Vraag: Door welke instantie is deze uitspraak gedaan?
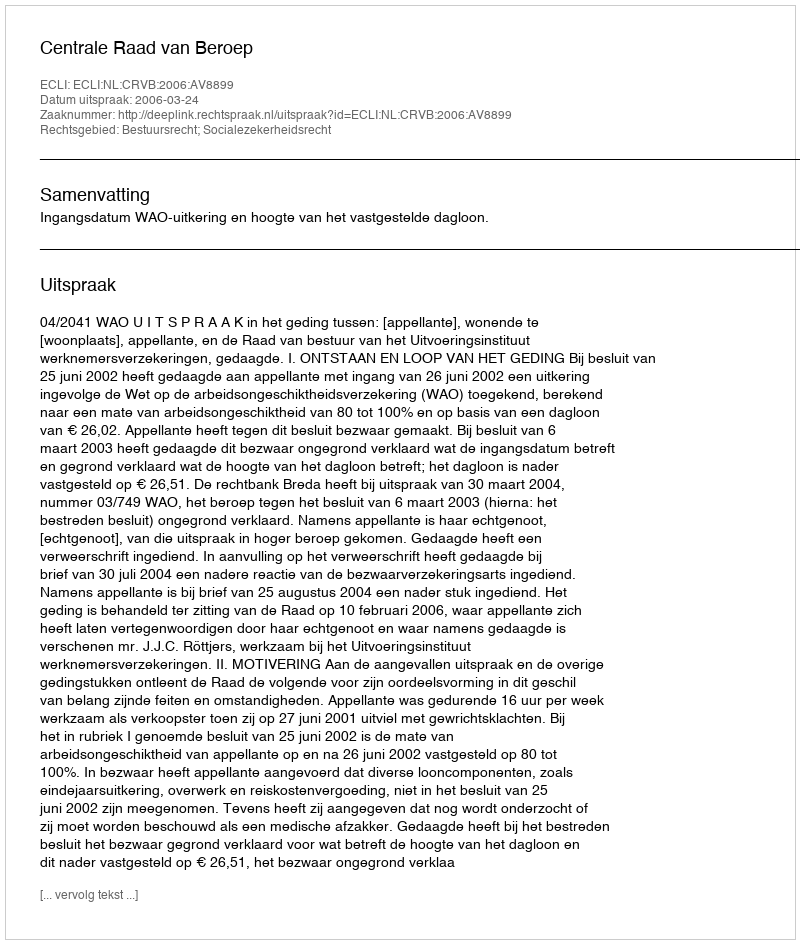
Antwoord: Centrale Raad van Beroep